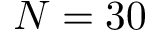
N = 3 0